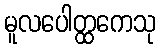
မူလပေါတ္ထကေသု